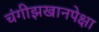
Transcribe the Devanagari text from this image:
चंगीझखानपेक्षा